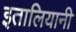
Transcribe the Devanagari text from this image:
इतालियानी